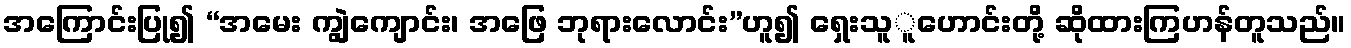
အကြောင်းပြု၍ “အမေး ကျွဲကျောင်း၊ အဖြေ ဘုရားလောင်း”ဟူ၍ ရှေးသူူဟောင်းတို့ ဆိုထားကြဟန်တူသည်။